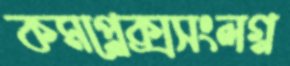
কমপ্লেক্সসংলগ্ন